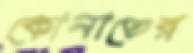
কোনাতের